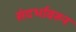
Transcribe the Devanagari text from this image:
संदर्भावरुन